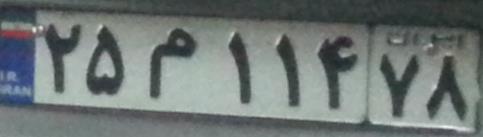
۲۵م۱۱۴۷۸